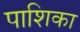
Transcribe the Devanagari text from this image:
पाशिका